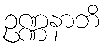
ဥဏ္ဏနာဘိ